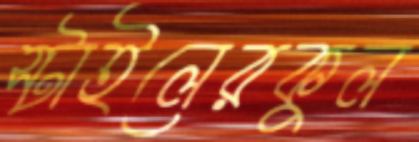
স্টাইলেরকুল